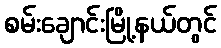
စမ်းချောင်းမြို့နယ်တွင်